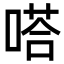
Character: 嗒